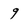
Character: 9